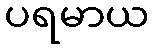
ပရမာယ